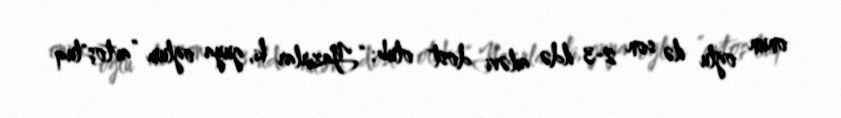
onun oğlu ilə son 2-3 ildə ailəvi dost olub: “Yazırlar ki, guya oğlum ”avtoş"luq